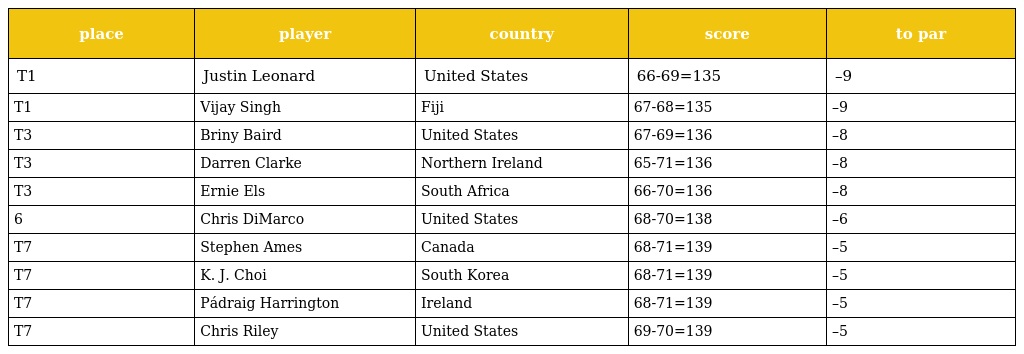
| place | player | country | score | to par |
 | --- | --- | --- | --- | --- |
 | T1 | Justin Leonard | United States | 66-69=135 | –9 |
 | T1 | Vijay Singh | Fiji | 67-68=135 | –9 |
 | T3 | Briny Baird | United States | 67-69=136 | –8 |
 | T3 | Darren Clarke | Northern Ireland | 65-71=136 | –8 |
 | T3 | Ernie Els | South Africa | 66-70=136 | –8 |
 | 6 | Chris DiMarco | United States | 68-70=138 | –6 |
 | T7 | Stephen Ames | Canada | 68-71=139 | –5 |
 | T7 | K. J. Choi | South Korea | 68-71=139 | –5 |
 | T7 | Pádraig Harrington | Ireland | 68-71=139 | –5 |
 | T7 | Chris Riley | United States | 69-70=139 | –5 |